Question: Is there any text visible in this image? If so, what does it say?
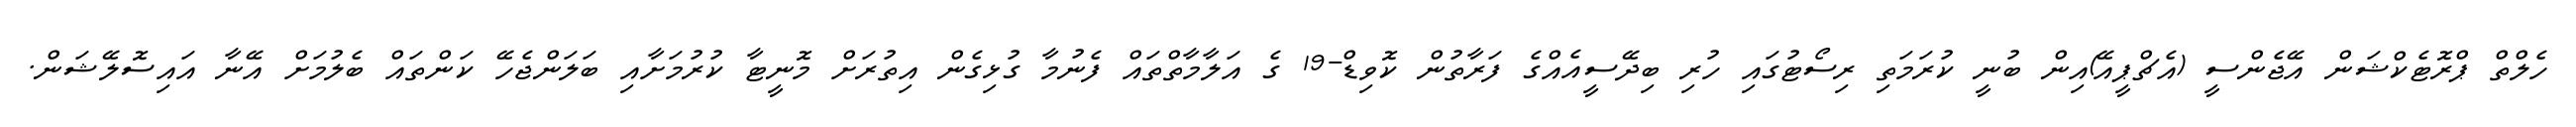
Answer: ހެލްތް ޕްރޮޓެކްޝަން އޭޖެންސީ (އެޗްޕީއޭ)އިން ބުނީ ކުރަމަތި ރިސޯޓުގައި ހުރި ބިދޭސީއެއްގެ ފަރާތުން ކޮވިޑް-19 ގެ އަލާމާތްތައް ފެނުމާ ގުޅިގެން އިތުރަށް މޮނީޓާ ކުރުމަށާއި ބަލަންޖެހޭ ކަންތައް ބެލުމަށް އޭނާ އައިސޮލޭޝަން.